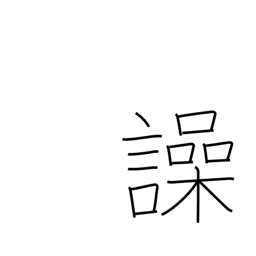
Meaning: shout